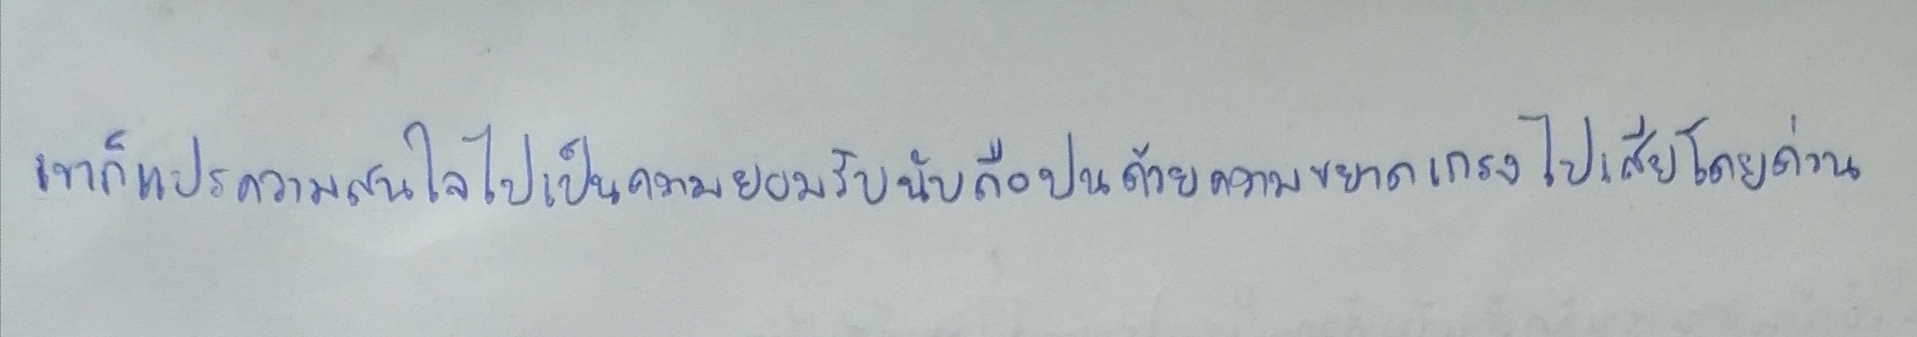
เขาก็แปรความสนใจไปเป็นความยอมรับนับถือปนด้วยความขยาดเกรงไปเสียโดยด่วน